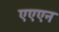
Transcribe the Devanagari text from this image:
एएएन